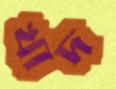
খাদ